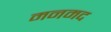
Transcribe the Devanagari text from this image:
मनमद